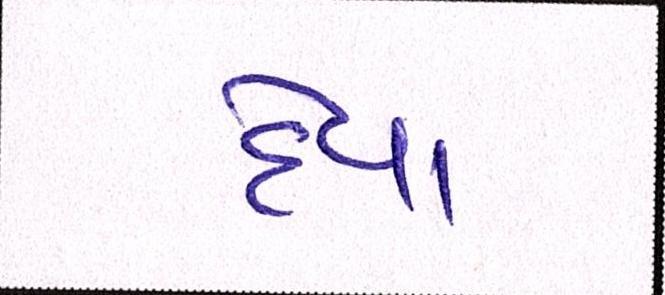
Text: દેવા